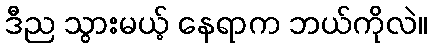
ဒီည သွားမယ့် နေရာက ဘယ်ကိုလဲ။